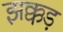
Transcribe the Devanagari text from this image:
झक्कड़